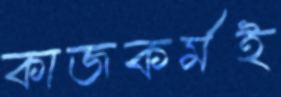
কাজকর্মই